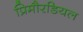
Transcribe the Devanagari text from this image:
प्रिमौरडियल